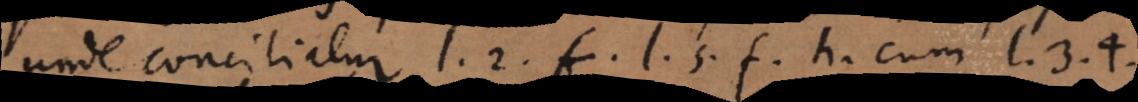
unde conciliatur. l. 2. f. l. 5. f. h. cum l. 3. 4.